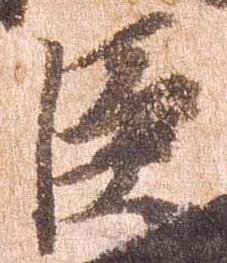
臣